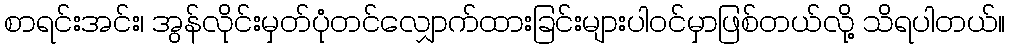
စာရင်းအင်း၊ အွန်လိုင်းမှတ်ပုံတင်လျှောက်ထားခြင်းများပါဝင်မှာဖြစ်တယ်လို့ သိရပါတယ်။